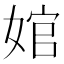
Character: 婠